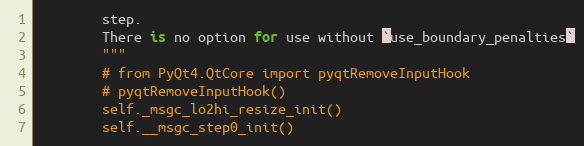
Language: Python
        step.
        There is no option for use without `use_boundary_penalties`
        """
        # from PyQt4.QtCore import pyqtRemoveInputHook
        # pyqtRemoveInputHook()
        self._msgc_lo2hi_resize_init()
        self.__msgc_step0_init()